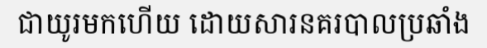
ជាយូរមកហើយ ដោយសារនគរបាលប្រឆាំង